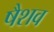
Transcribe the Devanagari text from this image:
षैशव